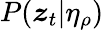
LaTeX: P(\boldsymbol{z}_{t}|\eta_{\rho})